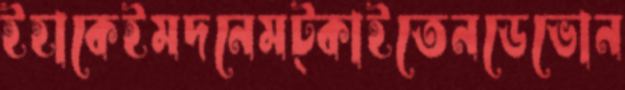
ইহাকেইমদনেমট্‌কাইতেনডেভোন